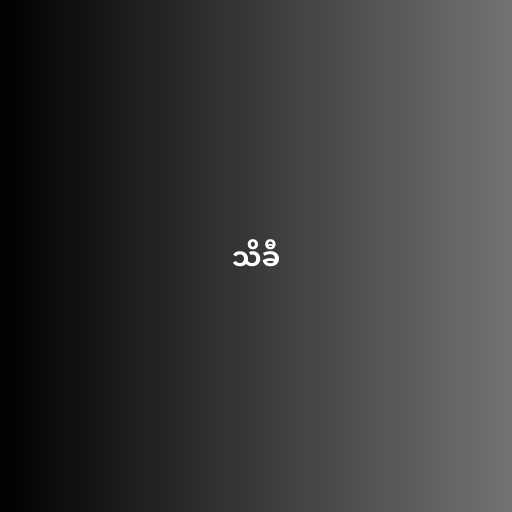
သိခီ